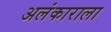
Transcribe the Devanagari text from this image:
अलंकाराला